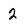
Character: 2